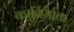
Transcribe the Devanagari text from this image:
कार्निर्माता